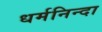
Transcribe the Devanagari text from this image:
धर्मनिन्दा